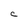
Character: C